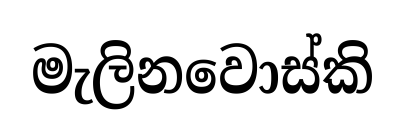
මැලිනවොස්කි